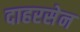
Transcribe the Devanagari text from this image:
दाहरसेन